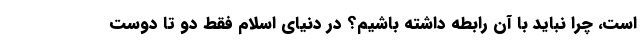
است، چرا نباید با آن رابطه داشته باشیم؟ در دنیای اسلام فقط دو تا دوست